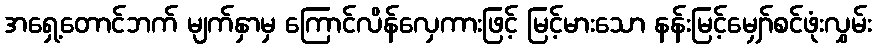
အရှေ့တောင်ဘက် မျက်နှာမှ ကြောင်လိန်လှေကားဖြင့် မြင့်မားသော နန်းမြင့်မျှော်စင်ဖုံးလွှမ်း